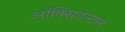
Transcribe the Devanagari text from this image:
ऑक्सिडेन्टल